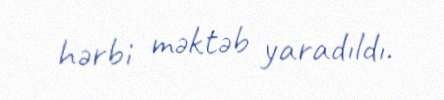
hərbi məktəb yaradıldı.